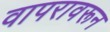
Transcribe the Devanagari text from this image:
वापरावरून